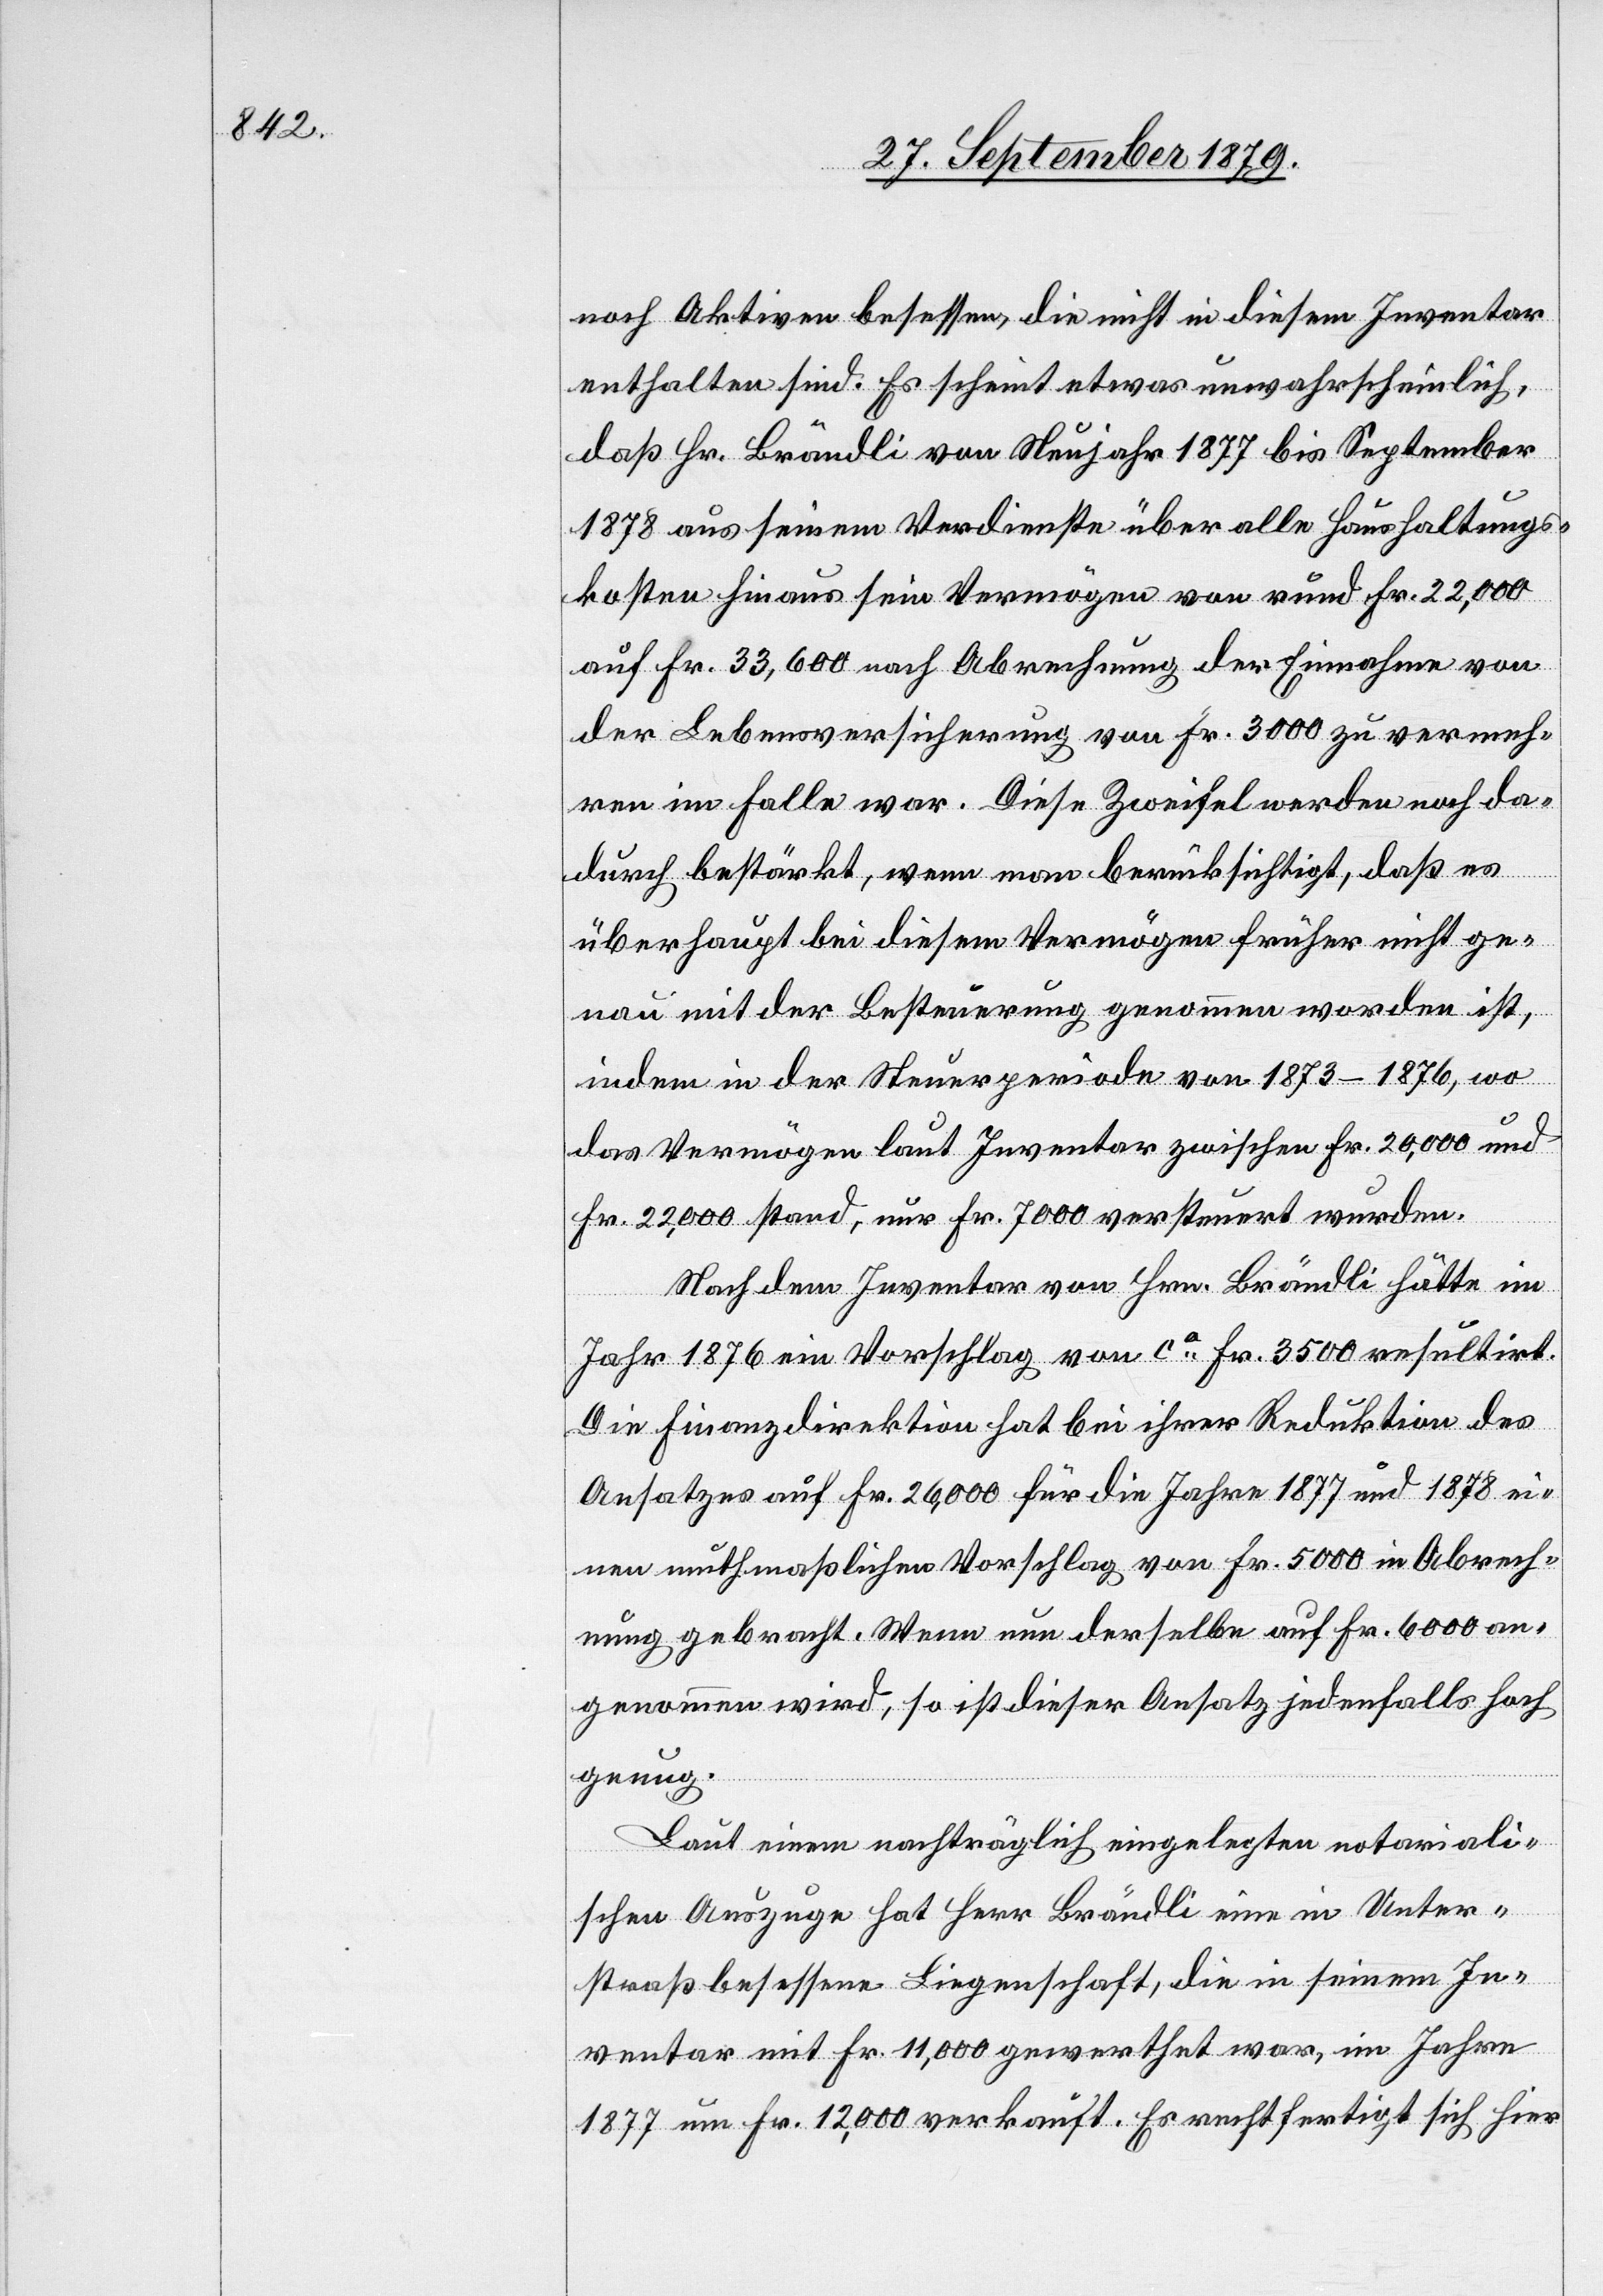
noch Aktiven besessen, die nicht in diesem Inventar
enthalten sind. Es scheint etwas unwahrscheinlich,
daß Hr. Brändli von Neujahr 1877 bis September
1878 aus seinem Verdienste über alle Haushaltungs¬
kosten hinaus sein Vermögen von rund Fr. 22,000
auf Fr. 33,600 nach Abrechnung der Einnahme von
der Lebensversicherung von Fr. 3000 zu vermeh¬
ren im Falle war. Diese Zweifel werden noch da¬
durch bestärkt, wenn man berücksichtigt, daß es
überhaupt bei diesem Vermögen früher nicht ge¬
nau mit der Besteuerung genommen worden ist,
indem in der Steuerperiode von 1873–1876, wo
das Vermögen laut Inventar zwischen Fr. 20,000 und
Fr. 22,000 stand, nur Fr. 7000 versteuert wurden.
Nach dem Inventar von Hrn. Brändli hätte im
Jahr 1876 ein Vorschlag von ca Fr. 3500 resultirt.
Die Finanzdirektion hat bei ihrer Reduktion des
Ansatzes auf Fr. 26,000 für die Jahre 1877 und 1878 ei¬
nen muthmaßlichen Vorschlag von Fr. 5000 in Abrech¬
nung gebracht. Wenn nun derselbe auf Fr. 6000 an¬
genommen wird, so ist dieser Ansatz jedenfalls hoch
genug.
Laut einem nachträglich eingelegten notariali¬
schen Auszuge hat Herr Brändli eine in Unter¬
straß besessene Liegenschaft, die in seinem In¬
ventar mit Fr. 11,000 gewerthet war, im Jahre
1877 um Fr. 12,000 verkauft. Es rechtfertigt sich hier